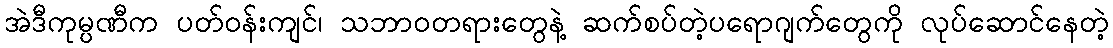
အဲဒီကုမ္ပဏီက ပတ်ဝန်းကျင်၊ သဘာဝတရားတွေနဲ့ ဆက်စပ်တဲ့ပရောဂျက်တွေကို လုပ်ဆောင်နေတဲ့